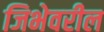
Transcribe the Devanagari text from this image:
जिभेवरील